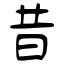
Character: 昔